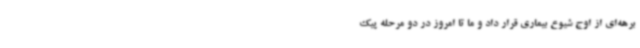
برهه‌ای از اوج شیوع بیماری قرار داد و ما تا امروز در دو مرحله پیک